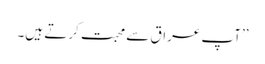
’’آپ عراق سے محبت کرتے ہیں۔